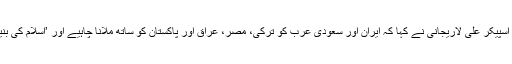
آج اتوار کو ایک سکیورٹی کانفرنس سے خطاب کرتے ہوئے ملکی پارلیمان کے اسپیکر علی لاریجانی نے کہا کہ ایران اور سعودی عرب کو ترکی، مصر، عراق اور پاکستان کو ساتھ ملانا چاہیے اور ’اسلام کی بنیاد پر علاقائی امن‘ کو فروغ دینے کے ساتھ ساتھ فلسطینیوں کا دفاع کرنا چاہیے۔